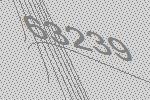
63239